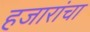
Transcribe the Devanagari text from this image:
हजारांचा